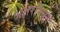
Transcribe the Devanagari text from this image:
अक्षरनियम